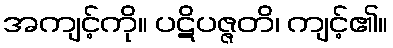
အကျင့်ကို။ ပဋိပဇ္ဇတိ၊ ကျင့်၏။